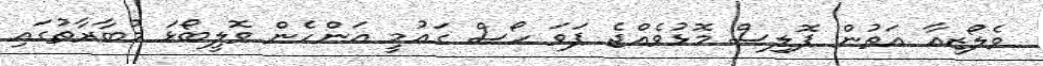
ވެލޯޒިއާ އަތުން ޕޮލިސް މޮޅުވެއްޖެ ޕަވަ ހޯސް ގައުމީ އަންހެން ވޮލީބޯޅަ މުބާރާތުގައި